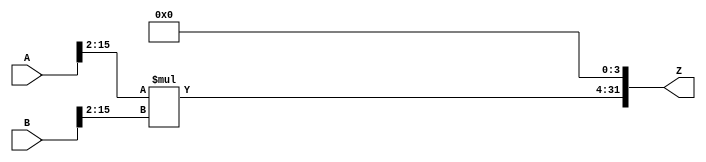
module mul16s_HHP(
	A, 
	B,
	Z
);

input signed [16-1:0] A;
input signed [16-1:0] B;
output signed [2*16-1:0] Z;

wire signed [2*(16-2)-1:0] tmpZ;
assign tmpZ = $signed(A[16-1:2]) * $signed(B[16-1:2]);
assign Z = $signed({tmpZ,{4{1'b0}}});
endmodule